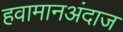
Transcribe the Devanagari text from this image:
हवामानअंदाज